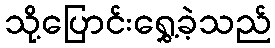
သို့ပြောင်းရွှေ့ခဲ့သည်